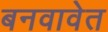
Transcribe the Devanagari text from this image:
बनवावेत